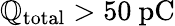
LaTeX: \mathbb{Q}_{\mathrm{{total}}}>50~\mathrm{{pC}}